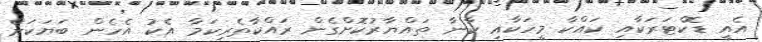
އެއީ ޑޮކްޓަރަކާއި ކައްކާ މީހަކާއި ކާނާ ތައްޔާރުކޮށްގެން ރައްކާތެރިކަމާ އެކު އެހެން ބަޔަކަށް